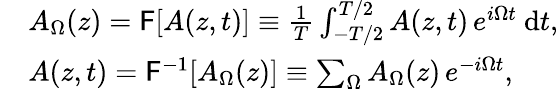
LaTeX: \begin{array}{rl}&{A_{\Omega}(z)=\mathsf{F}[A(z,t)]\equiv\frac{1}{T}\int_{-T/2}^{T/2}A(z,t)\, e^{i\Omega t}~\mathrm{{d}}t,}\\ &{A(z,t)=\mathsf{F}^{-1}[A_{\Omega}(z)]\equiv\sum_{\Omega}A_{\Omega}(z)\, e^{-i\Omega t},}\end{array}